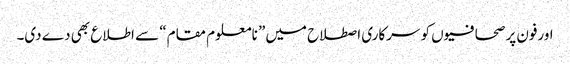
اورفون پر صحافیوں کو سرکاری اصطلاح میں” نامعلوم مقام“ سے اطلاع بھی دے دی۔